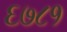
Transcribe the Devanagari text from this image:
६७८१